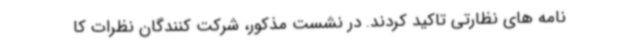
نامه های نظارتی تاکید کردند. در نشست مذکور، شرکت کنندگان نظرات کا